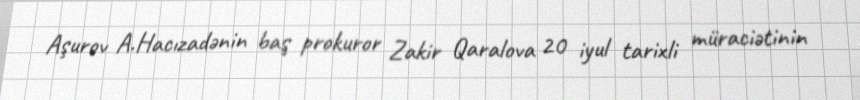
Aşurov A.Hacızadənin baş prokuror Zakir Qaralova 20 iyul tarixli müraciətinin